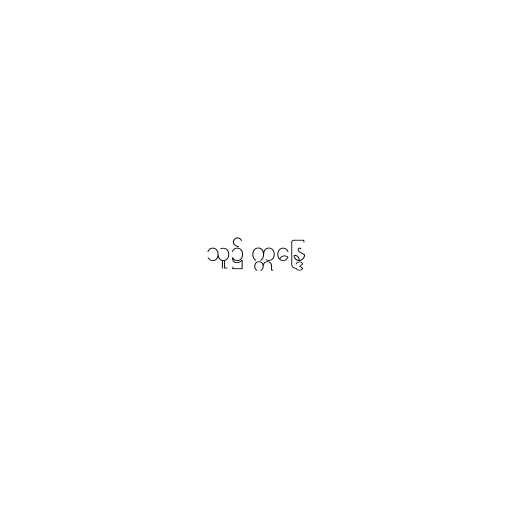
သူ၌ ဣန္ဒြေ